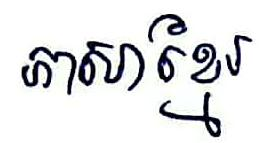
ភាសាខ្មែរ